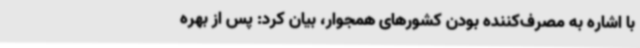
با اشاره به مصرف‌کننده بودن کشورهای همجوار، بیان کرد: پس از بهره‌